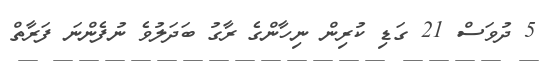
5 ދުވަސް 21 ގަޑި ކުރިން ނިހާންގެ ރާގު ބަދަލުވެ ނުފެންނަ ފަރާތް